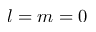
l = m = 0